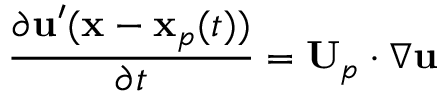
\frac { \partial \mathbf { u } ^ { \prime } ( \mathbf { x } - \mathbf { x } _ { p } ( t ) ) } { \partial t } = \mathbf { U } _ { p } \cdot \nabla \mathbf { u }